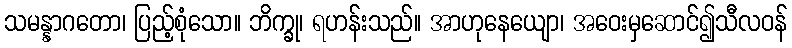
သမန္နာဂတော၊ ပြည့်စုံသော။ ဘိက္ခု၊ ရဟန်းသည်။ အာဟုနေယျော၊ အဝေးမှဆောင်၍သီလဝန်